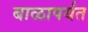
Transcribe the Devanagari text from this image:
बाळापर्यंत